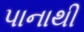
પાનાથી